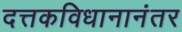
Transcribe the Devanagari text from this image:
दत्तकविधानानंतर